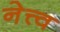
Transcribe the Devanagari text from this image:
नेत्त्व